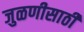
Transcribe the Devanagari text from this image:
जुळणीसाठी